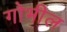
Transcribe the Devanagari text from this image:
गोभील